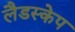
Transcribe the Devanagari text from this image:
लैडस्केप